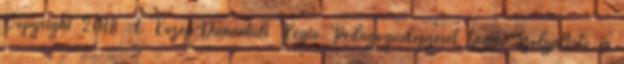
Copyright 2018 A Közép-Dunántúli Régió Pedagógusképzését Segítő Szolgáltató és